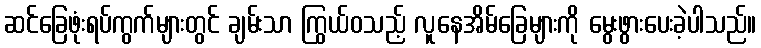
ဆင်ခြေဖုံးရပ်ကွက်များတွင် ချမ်းသာ ကြွယ်ဝသည့် လူနေအိမ်ခြေများကို မွေးဖွားပေးခဲ့ပါသည်။